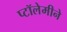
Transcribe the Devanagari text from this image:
प्टॉलेमीने